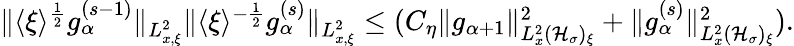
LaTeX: \begin{array}{r}{\| \langle\xi\rangle^{\frac{1}{2}}g_{\alpha}^{(s-1)}\| _{L_{x,\xi}^{2}}\| \langle\xi\rangle^{-\frac{1}{2}}g_{\alpha}^{(s)}\| _{L_{x,\xi}^{2}}\leq(C_{\eta}\| g_{\alpha+1}\| _{L_{x}^{2}(\mathcal H_{\sigma})_{\xi}}^{2}+\| g_{\alpha}^{(s)}\| _{L_{x}^{2}(\mathcal H_{\sigma})_{\xi}}^{2}).}\end{array}